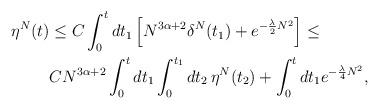
LaTeX: \begin{align*}\eta^N(t)&\leq C \int_0^t dt_1\left[ N^{3\alpha+2}\delta^N(t_1)+e^{-\frac{\lambda}{2} N^2}\right]\leq \\&CN^{3\alpha+2} \int_0^t dt_1\int_0^{t_1}dt_2\,\eta^N(t_2)+\int_0^tdt_1e^{-\frac{\lambda}{4} N^2},\end{align*}